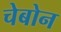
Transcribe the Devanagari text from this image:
चेबोन